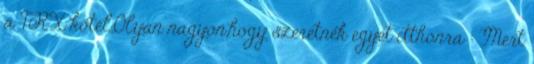
a TRX kötél.Olyan nagyon,hogy szeretnék egyet itthonra : Mert